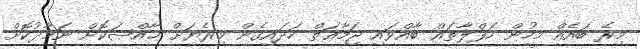
މިރޭ ބައެއް މީހުން ހަފްލާތައް ބާއްވައި ޖަމާޢަތް ހަދައިގެން މިރެޔަށް ޚާއްޞަކޮށް ނަމާދުކޮށް